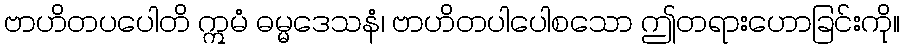
ဗာဟိတပပေါတိ ဣမံ ဓမ္မဒေသနံ၊ ဗာဟိတပါပေါစသော ဤတရားဟောခြင်းကို။